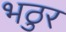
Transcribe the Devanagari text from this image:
भठुर